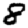
Digit: 8